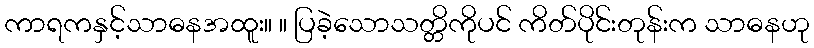
ကာရကနှင့်သာဓနအထူး။ ။ ပြခဲ့သောသတ္တိကိုပင် ကိတ်ပိုင်းတုန်းက သာဓနဟု